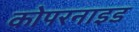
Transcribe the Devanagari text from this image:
कोपरनाइड